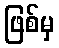
ဖြစ်မှ